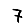
Digit: 7